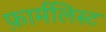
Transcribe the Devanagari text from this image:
फ़ार्मलिस्ट